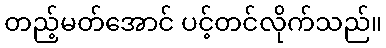
တည့်မတ်အောင် ပင့်တင်လိုက်သည်။